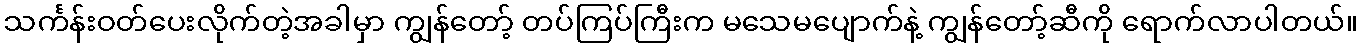
သင်္ကန်းဝတ်ပေးလိုက်တဲ့အခါမှာ ကျွန်တော့် တပ်ကြပ်ကြီးက မသေမပျောက်နဲ့ ကျွန်တော့်ဆီကို ရောက်လာပါတယ်။